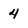
Character: 4